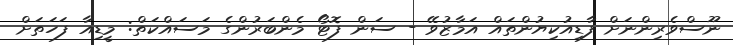
ނޫސްވެރިންނަށް ފާޑިއުކިޔުންތައް އަމާޒުވޭ - ސަން ފޮޓޯ މެންބަރުންގެ މަސައްކަތް: މީޑިއާ ފަހަތަށް